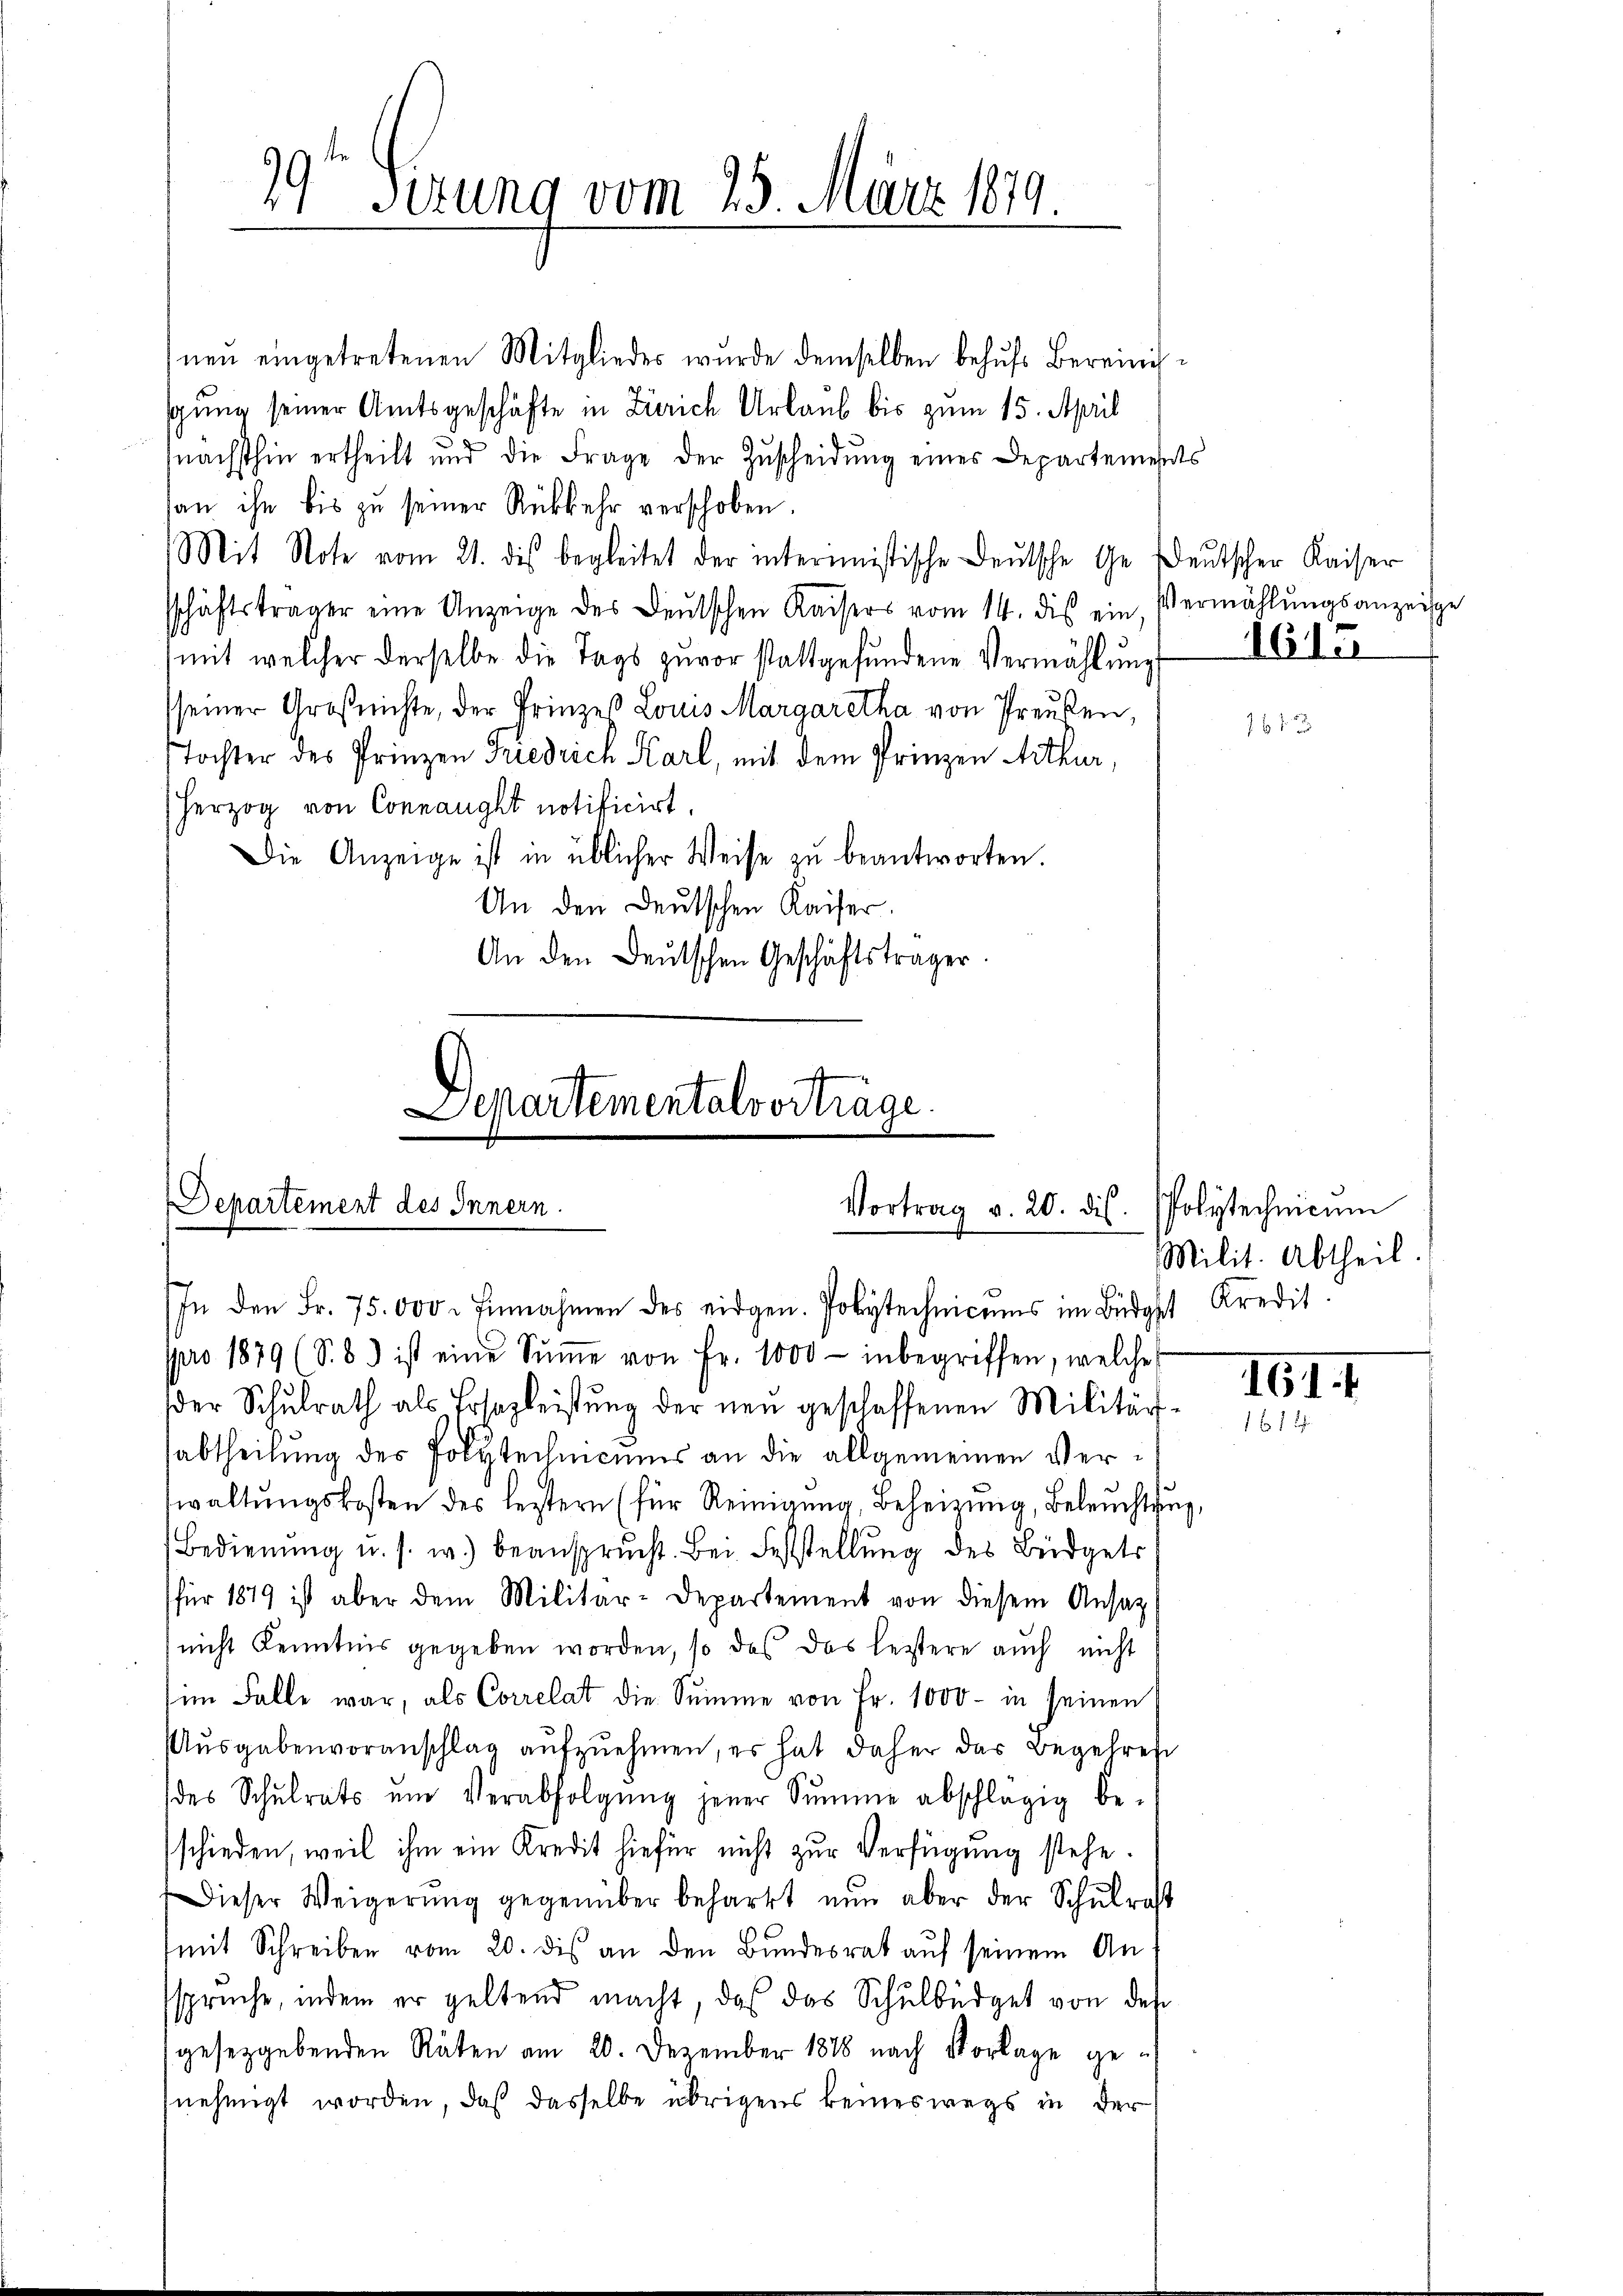
29t Serung vom 25. März 1879

neŭ eingetretenen Mitgliedes wurde demselben behŭfs Bereinisgung seiner Amtsgeschäfte in Zürich Urlaub bis zum 15. April
nächsthin ertheilt und die Frage der Zŭscheidŭng eines Departements
san ihn bis zu seiner Rückkehr verschoben.
Mit Note vom 21. dis begleitet der intermeistische Deutsche Ge Deutscher Kaiser
sschäftsträger eine Anzeige des Deutschen Kaisers vom 14. dis ein Vermählŭngsanzeige
mit welcher derselbe die Tags zuvor stattgefŭndene Vermählŭng 168 II
sseiner Großrichte, der Prinzes Louis Margaretha von Preußen,
Tochter des Prinzen Friedrich Karl, mit dem Prinzen Arthur,
herzog von Connanght notificirt.
Die Anzeige ist in üblicher Weise zŭ beantworten.
An den Deutschen Kaiser.
An den Deutschen Geschäftsträger.

Departementalvorträge.
Departement des Innern.
Vortrag v. 20. dis

In den Fr. 75.000. Einnahmen des eidgen. Polytechnicums im Büdget Kredit.
pro 1879 (S. B. ist eine Sŭṁe von Fr. 1000 - inbegriffen, welche
der Schŭlrath als Ersazleistŭng der neŭ geschaffenen Militär-
sabtheilung des Polytechnicums an die allgemeinen Verwaltŭngskosten des leztern (für Reinigŭng, Beheizŭng, Beleŭchtŭng,
Bedienŭng u. s. w.) beansprucht. Bei Feststellŭng des Büdgetr
für 1879 ist aber dem Militär-Departement von diesem Ansatz
nicht Kenntnis gegeben worden, so das das leistere auch nicht
im Falle war, als Correlat die Summe von Fr. 1000 - in seinen
Aŭsgabenvoranschlag aŭfzŭehmen, es hat daher das Begehres
des Schŭlrats ŭm Verabfolgŭng jener Sŭmme abschlägig be-
schieden, weil ihm ein Kredit hiefür nicht zur Verfügung stehe.
Dieser Weigerŭng gegenüber beharrt nŭn aber der Schŭlrast
mit Schreiben vom 20. dis an den Bundesrat auf seinem An
ssprüche, indem er geltend macht, daß das Schulbüdget von des
gesetzgebenden Räten am 20. Dezember 1888 nach Vorlage genehmigt worden, daß dasselbe übrigens keineswegs in der

161

PPolytechnicum
Milit. Abtheil.

161. I
1612